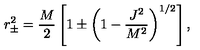
r _ { \pm } ^ { 2 } = { \frac { M } { 2 } } \left[ 1 \pm \left( 1 - { \frac { J ^ { 2 } } { M ^ { 2 } } } \right) ^ { 1 / 2 } \right] ,